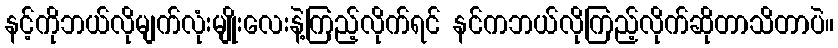
နင့်ကိုဘယ်လိုမျက်လုံးမျိုးလေးနဲ့ကြည့်လိုက်ရင် နင်ကဘယ်လိုကြည့်လိုက်ဆိုတာသိတာပဲ။